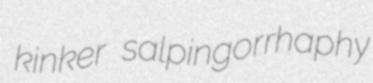
kinker salpingorrhaphy